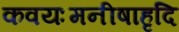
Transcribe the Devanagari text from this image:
कवयःमनीषाहृदि